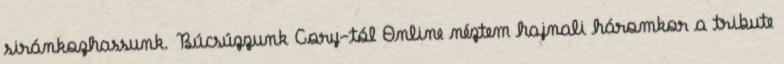
siránkozhassunk. Búcsúzzunk Cory-tól Online néztem hajnali háromkor a tribute